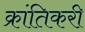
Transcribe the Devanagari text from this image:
क्रांतिकरी